Plague in India, 1896, 1897 - Volume 1
Year: 1896
Disease focus: Plague
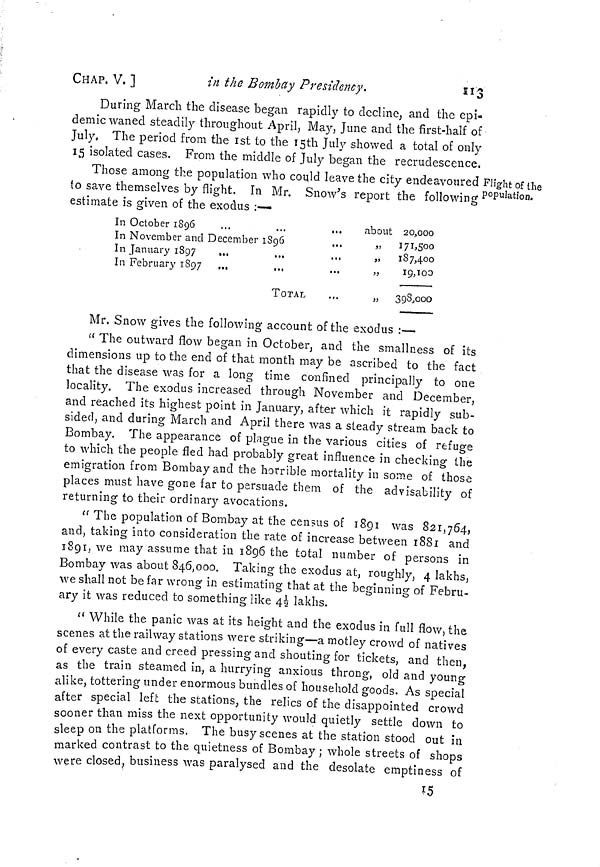
CHAP, V. ]
in the Bombay Presidency.
113
Flight of the
population.
During March the disease began rapidly to decline, and the epi-
demic waned steadily throughout April, May, June and the first-half of
July. The period from the 1st to the 15th July showed a total of only
15 isolated cases. From the middle of July began the recrudescence,
Those among the population who could leave the city endeavoured
to save themselves by flight. In Mr. Snow's report the following
estimate is given of the exodus :—
In October 1896
In November and December 1896
In January 1897
...
In February 1897 ...
TOTAL
about 20,000
„ 171,500
„
187,400
„
19,100
„ 398,000
Mr. Snow gives the following account of the exodus :—
" The outward flow began in October, and the smallness of its
dimensions up to the end of that month may be ascribed to the fact
that the disease was for a long time confined principally to one
locality. The exodus increased through November and December,
and reached its highest point in January, after which it rapidly sub-
sided, and during March and April there was a steady stream back to
Bombay. The appearance of plague in the various cities of refuge
to which the people fled had probably great influence in checking the
emigration from Bombay and the horrible mortality in some of those
places must have gone far to persuade them of the advisability of
returning to their ordinary avocations.
" The population of Bombay at the census of 1891 was 821,764,
and, taking into consideration the rate of increase between 1881 and
1891, we may assume that in 1896 the total number of persons in
Bombay was about 846,000. Taking the exodus at, roughly, 4 lakhs,
we shall not be far wrong in estimating that at the beginning of Febru-
ary it was reduced to something like 4½ lakhs.
" While the panic was at its height and the exodus in full flow, the
scenes at the railway stations were striking—a motley crowd of natives
of every caste and creed pressing and shouting for tickets, and then,
as the train steamed in, a hurrying anxious throng, old and young
alike, tottering under enormous bundles of household goods. As special
after special left the stations, the relics of the disappointed crowd
sooner than miss the next opportunity would quietly settle down to
sleep on the platforms. The busy scenes at the station stood out in
marked contrast to the quietness of Bombay ; whole streets of shops
were closed, business was paralysed and the desolate emptiness of
15